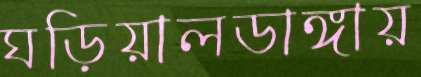
ঘড়িয়ালডাঙ্গায়